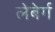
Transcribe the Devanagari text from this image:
लेबेर्ग